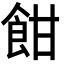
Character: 𩚵